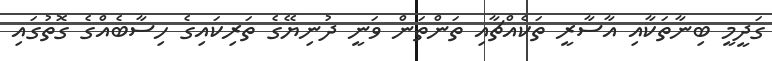
ގަދީމީ ބިނާތަކާއި އާސާރީ ތަކެއްޗާއި ތަންތަން ވަނީ ދުނިޔޭގެ ތަރިކައިގެ ހިސާބެއްގެ ގޮތުގައި